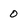
Character: 0